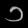
Digit: ၁